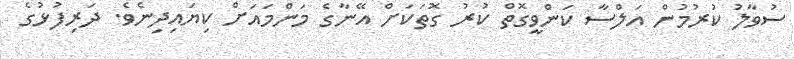
ސުވާލު ކުރުމުން އަލްސާ ކަންވީގޮތް ކުރު ގޮތަކަށް އޭނާގެ މަންމައަށް ކިޔައިދިނެވެ. ދަރިފުޅުގެ